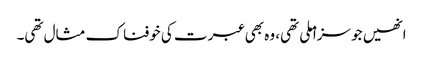
انھیں جو سزا ملی تھی، وہ بھی عبرت کی خوفناک مثال تھی۔